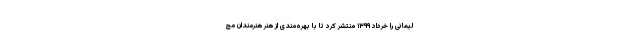
لیمانی را خرداد ۱۳۹۹ منتشر کرد تا با بهره‌مندی از هنر هنرمندان مج